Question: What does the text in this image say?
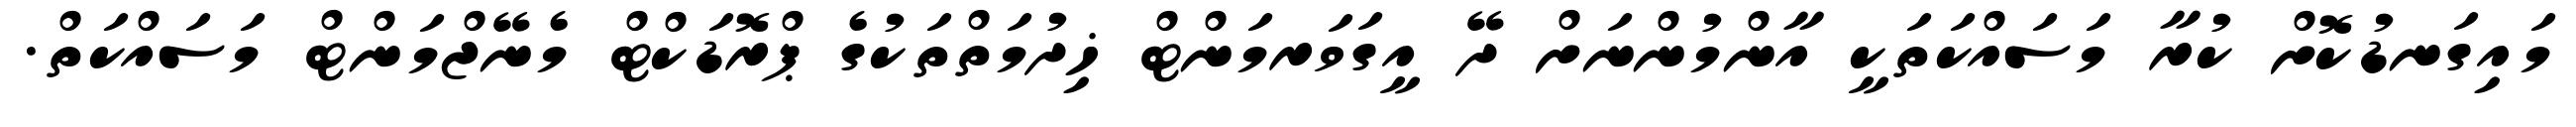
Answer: މައިގަނޑުކޮށް ކުރާ މަސައްކަތަކީ އާންމުންނަށް ދޭ އީގަވަރމަންޓް ޚިދުމަތްތަކުގެ ޕްރޮޑަކްޓް މެނޭޖްމަންޓް މަސައްކަތް.